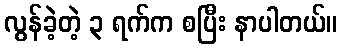
လွန်ခဲ့တဲ့ ၃ ရက်က စပြီး နာပါတယ်။